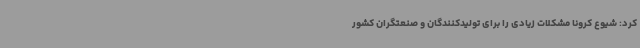
کرد: شیوع کرونا مشکلات زیادی را برای تولیدکنندگان و صنعتگران کشور